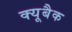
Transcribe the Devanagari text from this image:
क्यूबैक